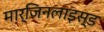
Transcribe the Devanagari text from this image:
मार्जिनलाइस्ड